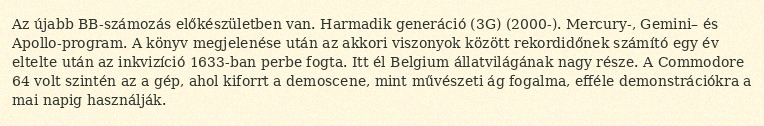
Az újabb BB-számozás előkészületben van. Harmadik generáció (3G) (2000-). Mercury-, Gemini– és Apollo-program. A könyv megjelenése után az akkori viszonyok között rekordidőnek számító egy év eltelte után az inkvizíció 1633-ban perbe fogta. Itt él Belgium állatvilágának nagy része. A Commodore 64 volt szintén az a gép, ahol kiforrt a demoscene, mint művészeti ág fogalma, efféle demonstrációkra a mai napig használják.